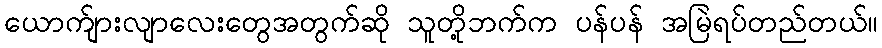
ယောက်ျားလျာလေးတွေအတွက်ဆို သူတို့ဘက်က ပန်ပန် အမြဲရပ်တည်တယ်။